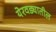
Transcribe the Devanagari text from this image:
येरवड्यातील